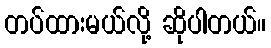
တပ်ထားမယ်လို့ ဆိုပါတယ်။